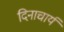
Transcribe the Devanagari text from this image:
दिनाचार्य